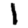
Digit: 1